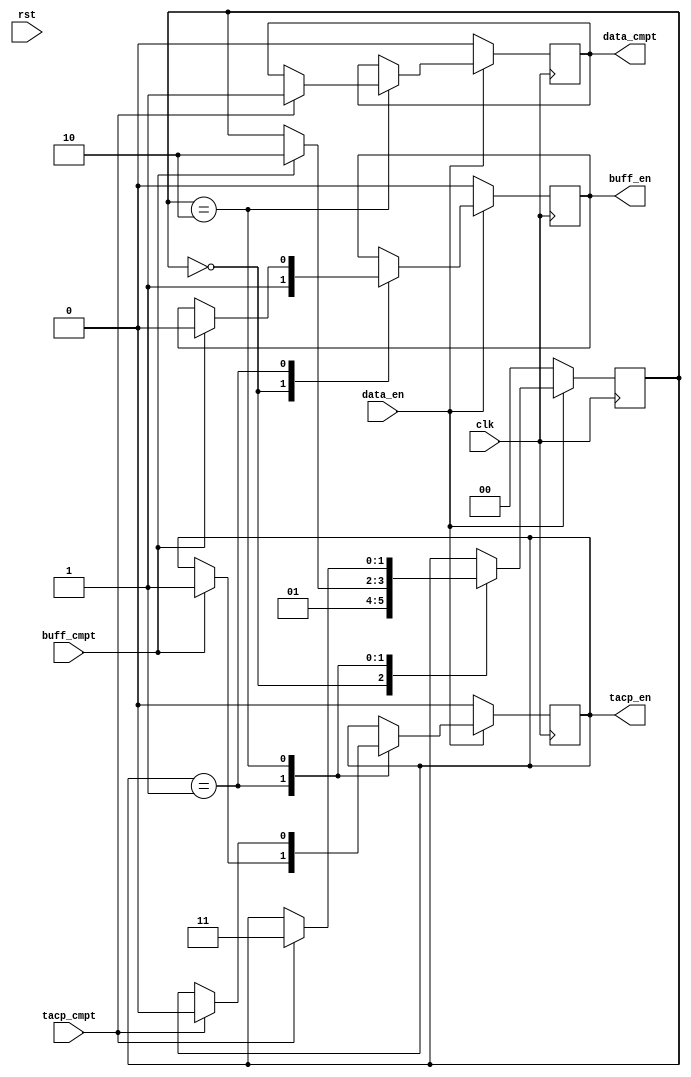
`timescale 1ns / 1ps
//////////////////////////////////////////////////////////////////////////////////
// Company:
// Engineer:
//
// Design Name:
// Module Name: Tc_PL_cap_data_ctl
// Project Name:
// Target Devices:
// Tool Versions:
// Description:
//
// Dependencies:
//
// Revision:
// Revision 0.01 - File Created
// Additional Comments:
//
//////////////////////////////////////////////////////////////////////////////////


module Tc_PL_cap_data_ctl(
input                     clk         ,
input                     rst         ,
input                     data_en     ,
output                    data_cmpt   ,
output                    buff_en     ,
input                     buff_cmpt   ,
output                    tacp_en     ,
input                     tacp_cmpt
    );

reg t_data_cmpt =0;
reg t_buff_en   =0;
reg t_tacp_en   =0;

localparam S_INIT = 0,
           S_BUFF = 1,
           S_TACP = 2,
           S_CMPT = 3;
reg[1:0] state = S_INIT;
always@(posedge clk)begin
	if(!data_en)begin
		state       <= S_INIT;
		t_data_cmpt <= 0     ;
		t_buff_en   <= 0     ;
		t_tacp_en   <= 0     ;
	end else begin
		case(state)
			S_INIT :begin
				state       <= S_BUFF;
				t_buff_en   <= 1     ;
			end
			S_BUFF :begin
				if(buff_cmpt)begin
					state       <= S_TACP;
					t_buff_en   <= 0     ;
					t_tacp_en   <= 1     ;
				end
			end
			S_TACP :begin
				if(tacp_cmpt)begin
					state       <= S_CMPT;
					t_tacp_en   <= 0     ;
					t_data_cmpt <= 1     ;
				end
			end
			S_CMPT :begin

			end
		endcase
	end
end

assign data_cmpt = t_data_cmpt ;
assign buff_en   = t_buff_en   ;
assign tacp_en   = t_tacp_en   ;

endmodule